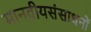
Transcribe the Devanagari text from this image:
मानवीयसंसाधनों